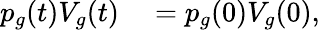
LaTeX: \begin{array}{rl}{p_{g}(t)V_{g}(t)}&{{}=p_{g}(0)V_{g}(0),}\end{array}